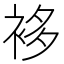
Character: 袳